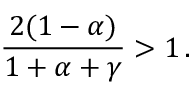
\frac { 2 ( 1 - \alpha ) } { 1 + \alpha + \gamma } > 1 \, .